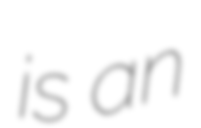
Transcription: is an